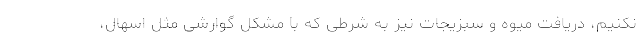
نکنیم، دریافت میوه و سبزیجات نیز به شرطی که با مشکل گوارشی مثل اسهال،